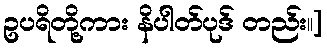
ဥပရိတို့ကား နိပါတ်ပုဒ် တည်း။]